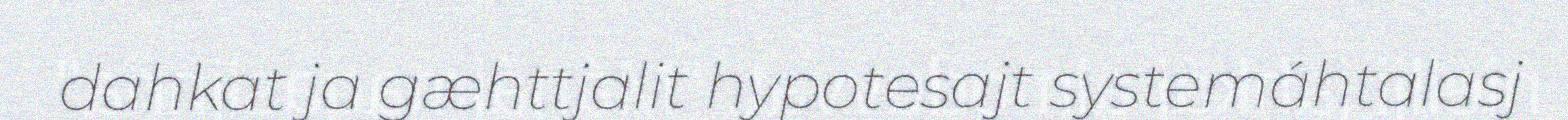
dahkat ja gæhttjalit hypotesajt systemáhtalasj